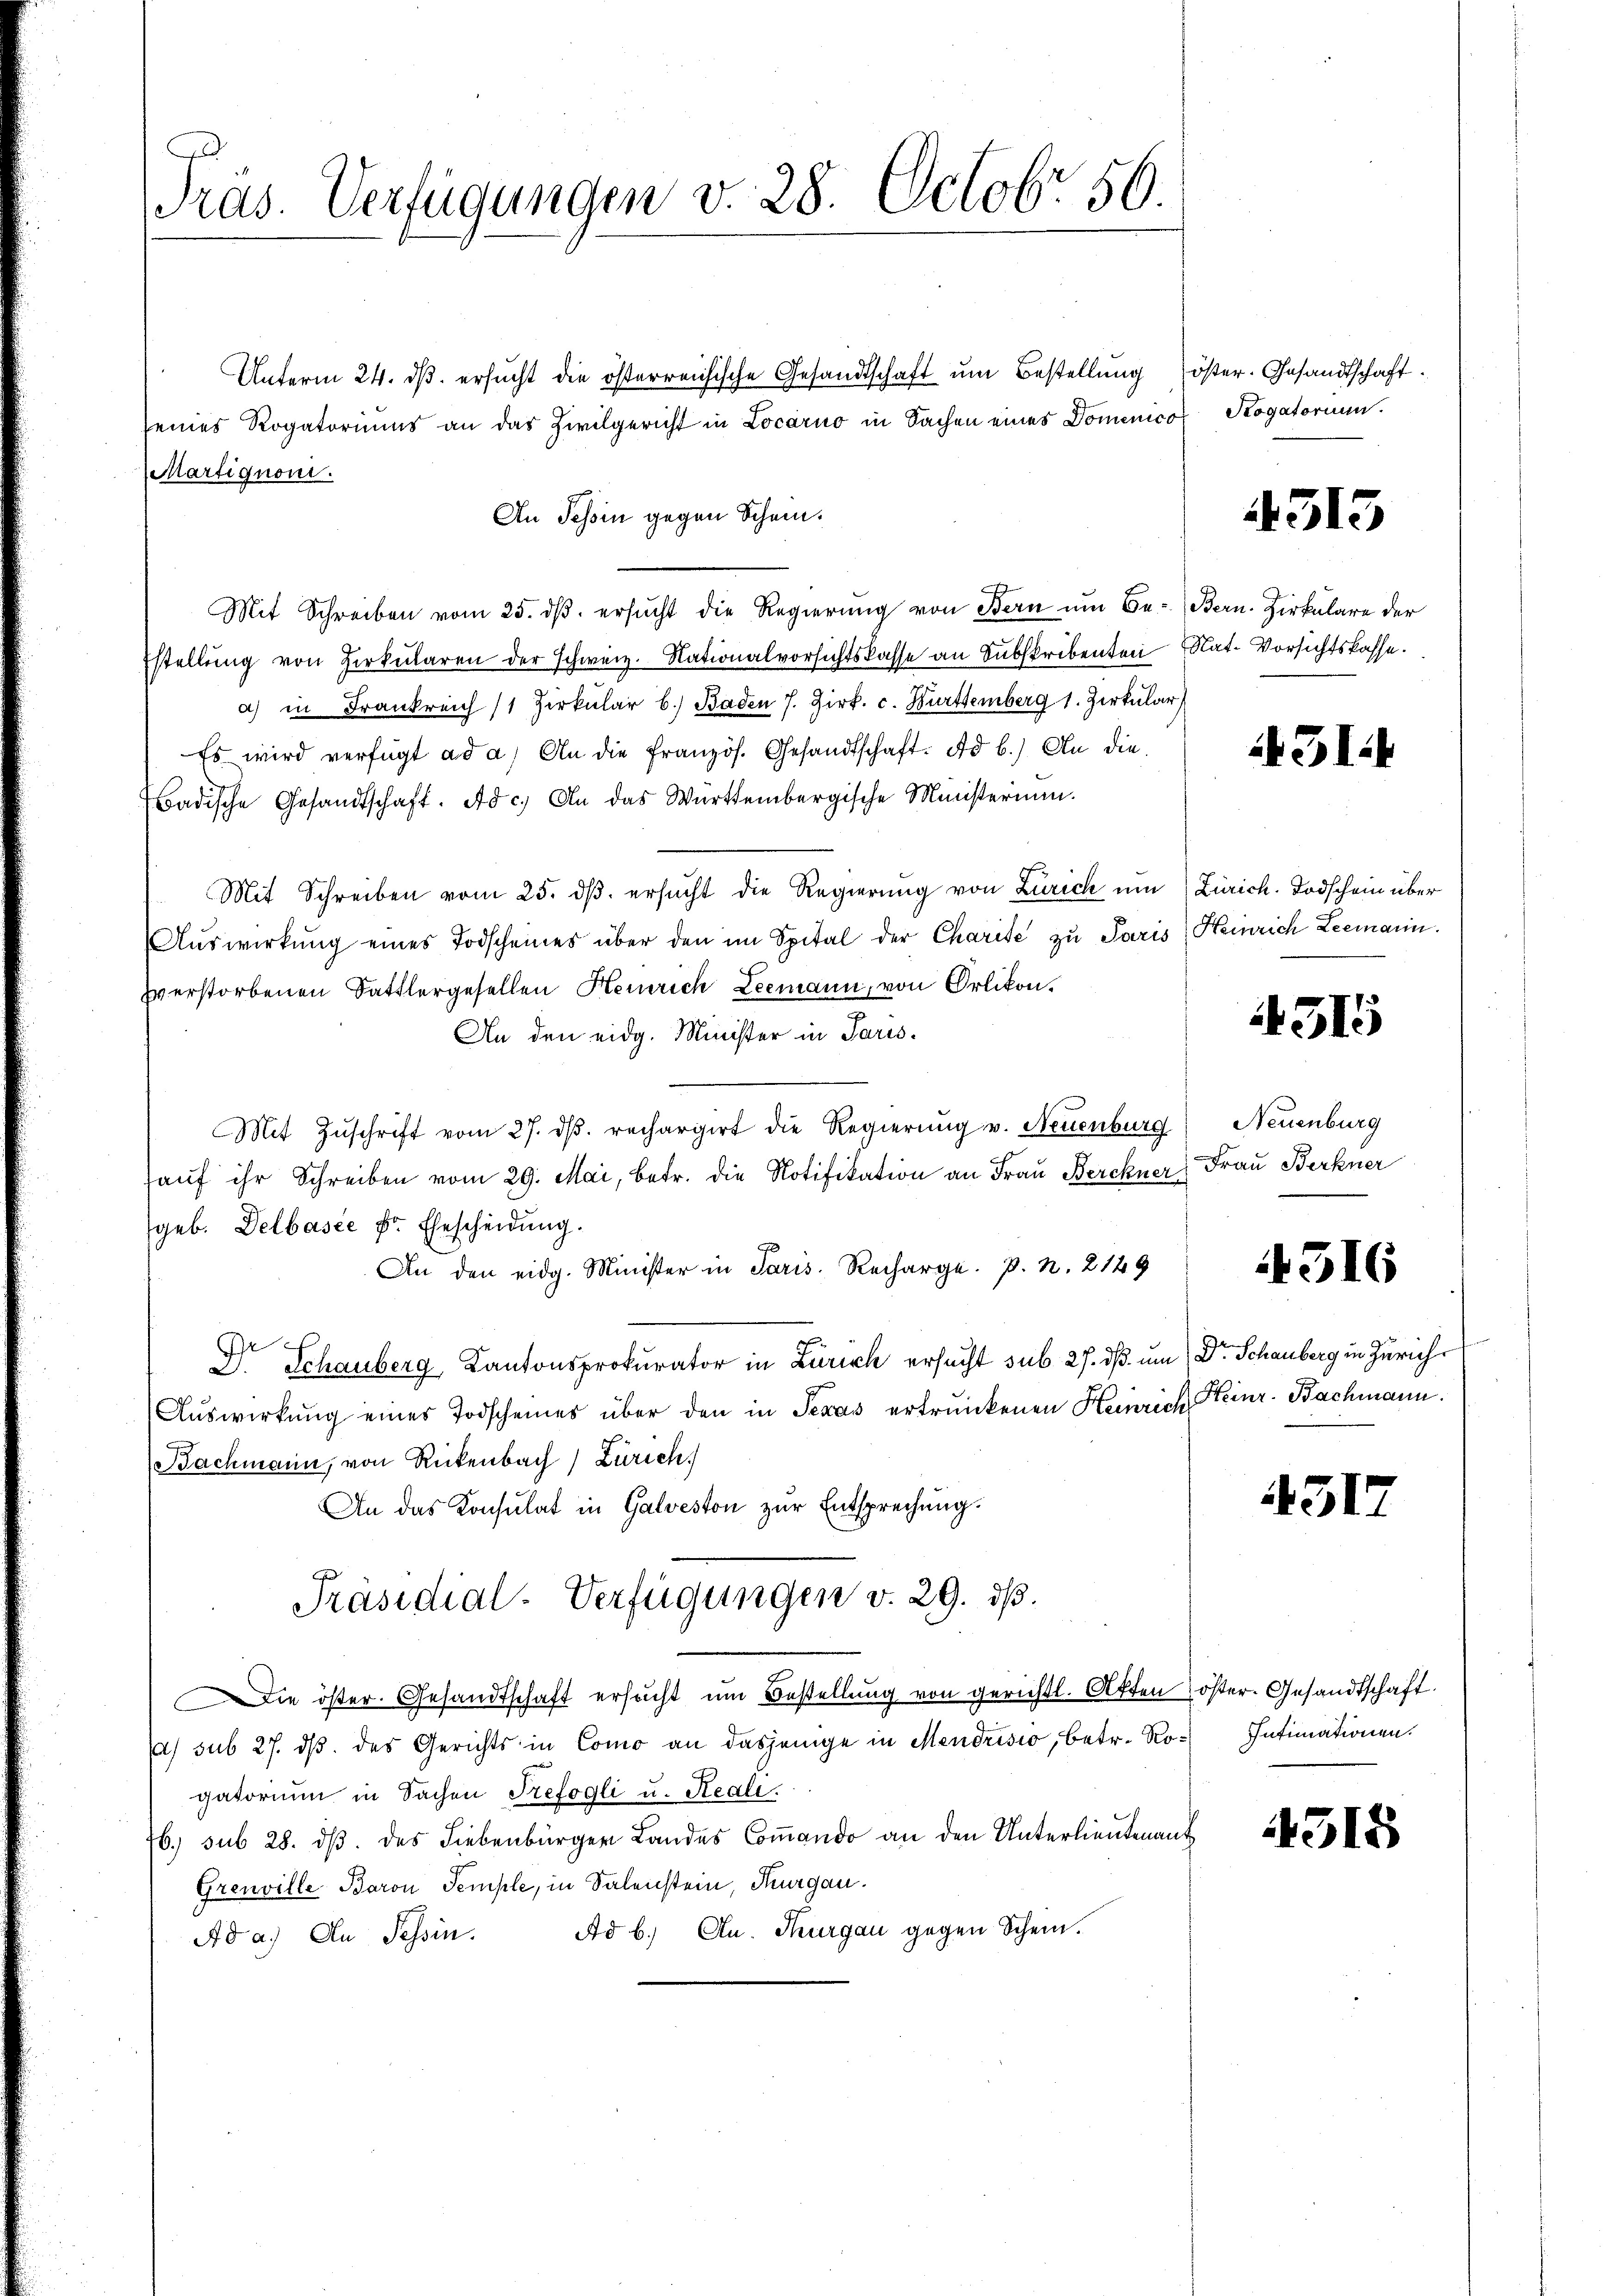
Tras. Verfügungen v. 28. Octobr 56.

Unterm 24. dβ. ersucht die österreichische Gesandtschaft um Bestellung öster. Gesandtschaft.
seines Rogatoriums an das Zivilgericht in Locarno in Sachen eines Domenico Kogatorium.
Martignoni.
An Tessin gegen Schein.
Mit Schreiben vom 25. dβ. ersŭcht die Regierung von Bern um Be- Bern. Zirkulare der
Estellŭng von Zirkŭlaren der schweiz. Nationalvorsichtskasse an Subskribenten Nat. Vorsichtskasse.
a) in Frankreich (1 Zirkŭlar b.) Baden 7. Zirt. c. Hurttemberg 1. Zirkular
Es wird verfügt ad a.) An die französ. Gesandtschaft. Ad b.) An die
Badische Gesandtschaft. Ad c.) An das Württembergische Ministerium.
Mit Schreiben vom 25. ds. ersucht die Regierung von Zürich um (Zürich. Todschein über
Aŭswirkŭng eines Todscheines über den im Spital der Charise zu Paris, Heinrich Leemann.
Everstorbenen Sattlergesellen Heinrich Leemann, von Orlikon.
An den eidg. Minister in Paris.
Mit Zŭschrift vom 27. dβ. rechargirt die Regierŭng u. Neuenburg
aŭf ihr Schreiben vom 29. Mai, betr. die Notifikation an Frau Berchner Frau Berkner
geb. Delbasie er Ehescheidung.
An den eidg. Minister in Paris. Recharge. P. N. 2149
Dr Schauberg, Kantonsprokurator in Zürich ersucht sub 27. dß um Dr. Schauberg in Zürich
Auswirkung eines Todscheines über den in Texas ertrunkenen Heinrich Steinr. Bachmann.
Bachmann, von Rickenbach) Zürich
An das Konsulat in Galveston zur Entsprechung.
Präsidial-Verfügungen v. 29. ds.
Die öster. Gesandtschaft ersucht ŭm Bestellŭng von gerichtl. Akten öster. Gesandtschaft
a) sub 27. dβ des Gerichts in Como an dasjenige in Mendrisio, betr. Rogatorium in Sachen Trefogli u. Reali.
6.) sub 28. dß. des Liebenbürger Landes Coṁando an den Unterlieutenant
Grenville Baron Temple, in Salenstein, Thurgau.
Ad b.) Au. Thurgau gegen Schein.
Ad a.) An Tessin.

4313

431.

4515

Neuenburg

4316

3

Intimationen.

1315